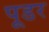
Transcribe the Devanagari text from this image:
पूडर